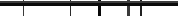
٢٣